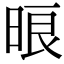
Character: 㫰